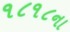
૧૮૧૮ના